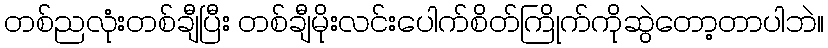
တစ်ညလုံးတစ်ချီပြီး တစ်ချီမိုးလင်းပေါက်စိတ်ကြိုက်ကိုဆွဲတော့တာပါဘဲ။